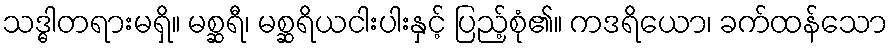
သဒ္ဓါတရားမရှိ။ မစ္ဆရီ၊ မစ္ဆရိယငါးပါးနှင့် ပြည့်စုံ၏။ ကဒရိယော၊ ခက်ထန်သော